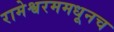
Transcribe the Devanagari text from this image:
रामेश्वरममधूनच